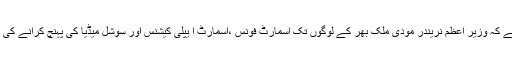
ستم ظریقی یہ ہے کہ وزیر اعظم نریندر مودی ملک بھر کے لوگوں تک اسمارٹ فونس ،اسمارٹ ا یپلی کیشنس اور سوشل میڈیا کی پہنچ کرانے کی باتیں کرتے ہیں۔